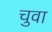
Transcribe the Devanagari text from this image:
चुवा